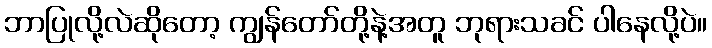
ဘာပြုလို့လဲဆိုတော့ ကျွန်တော်တို့နဲ့အတူ ဘုရားသခင် ပါနေလို့ပဲ။